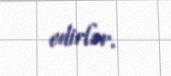
edirlər.